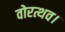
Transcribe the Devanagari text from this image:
वोरत्थव।